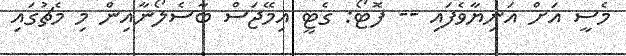
މެސީ އަށް އަނިޔާވެފައި -- ފޮޓޯ: ގެޓީ އިމޭޖަސް ބާސެލޯނާއިން މި މެޗުގައި